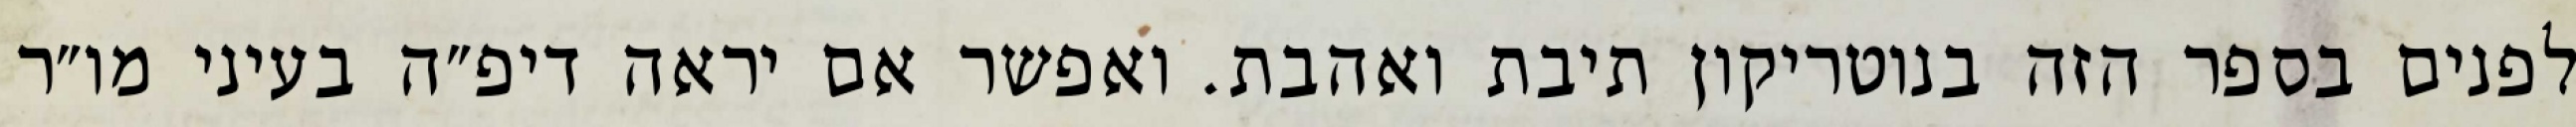
לפנים בספר הזה בנוטריקון תיבת ואהבת. ואפשר אם יראה דיפ״ה בעיני מו״ר